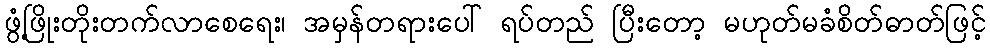
ဖွံ့ဖြိုးတိုးတက်လာစေရေး၊ အမှန်တရားပေါ် ရပ်တည် ပြီးတော့ မဟုတ်မခံစိတ်ဓာတ်ဖြင့်